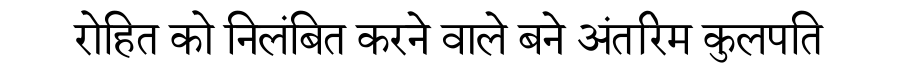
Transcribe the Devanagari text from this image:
रोहित को निलंबित करने वाले बने अंतरिम कुलपति